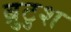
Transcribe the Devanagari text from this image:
ब्रुटुश